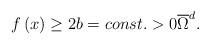
LaTeX: \begin{align*}f\left( x\right) \geq 2b=const.>0\overline{\Omega }^{d}.\end{align*}